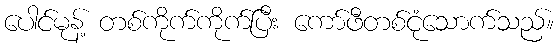
ပေါင်မုန့် တစ်ကိုက်ကိုက်ပြီး ကော်ဖီတစ်ငုံသောက်သည်။